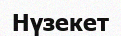
Нүзекет